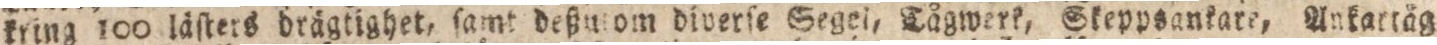
kring 100 läſters drägtighet, ſamt deßutom diverſe Segei, Tågwerk, Skeppsankare, Ankartäg